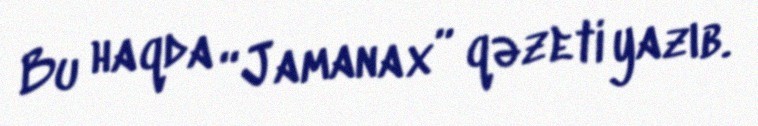
Bu haqda “Jamanax” qəzeti yazıb.